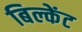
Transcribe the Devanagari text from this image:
बिल्केंट